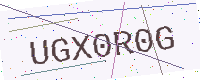
Text: UGX0R0G